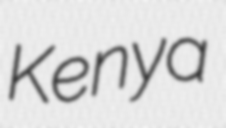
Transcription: Kenya